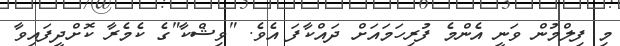
މި ފިލްމުން ވަނީ އެންމެ ފުރިހަމައަށް ދައްކާފަ އެވެ. "ވިޝްކާ"ގެ ކެމެރާ ކޮށްދީފައިވާ